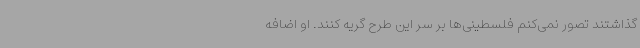
گذاشتند تصور نمی‌کنم فلسطینی‌ها بر سر این طرح گریه کنند. او اضافه